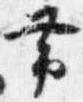
帯